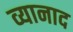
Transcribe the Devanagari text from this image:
व्यानाद